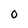
Character: 0